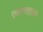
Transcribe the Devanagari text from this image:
एकसत्ताक